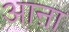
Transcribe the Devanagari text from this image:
आऩा